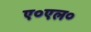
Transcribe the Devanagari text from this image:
ए०एल०